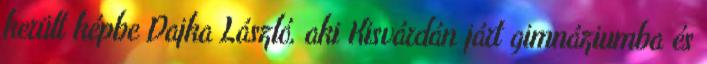
került képbe Dajka László, aki Kisvárdán járt gimnáziumba és